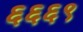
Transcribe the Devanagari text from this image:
६६६९